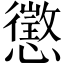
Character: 懲